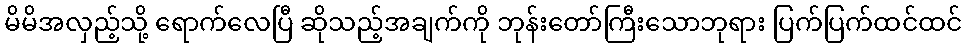
မိမိအလှည့်သို့ ရောက်လေပြီ ဆိုသည့်အချက်ကို ဘုန်းတော်ကြီးသောဘုရား ပြက်ပြက်ထင်ထင်